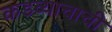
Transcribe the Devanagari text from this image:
कडव्याचाची